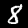
Digit: 8